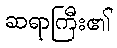
ဆရာကြီး၏